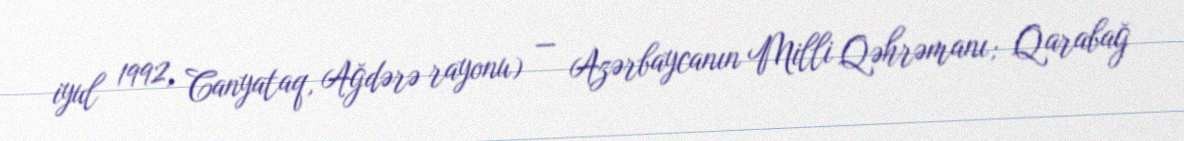
iyul 1992, Canyataq, Ağdərə rayonu) — Azərbaycanın Milli Qəhrəmanı; Qarabağ